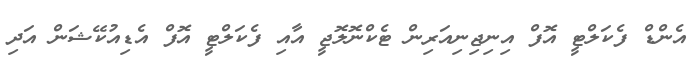
އެންޑް ފެކަލްޓީ އޮފް އިނިޖިނިއަރިން ޓެކްނޮލޮޖީ އާއި ފެކަލްޓީ އޮފް އެޑިއުކޭޝަން އަދި